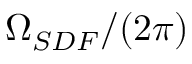
\Omega _ { S D F } / ( 2 \pi )